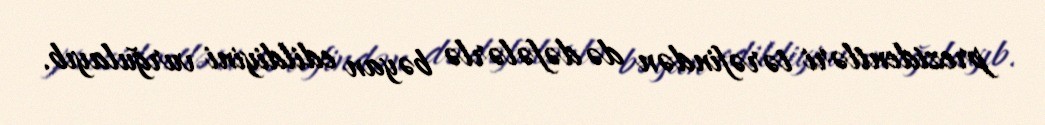
prezidentləri tərəfindən də dəfələrlə bəyan edildiyini vurğulayıb.